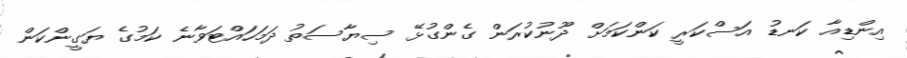
އިންޑިއާ ކަނޑު އަސްކަރީ ކަންކަމަށް ދޫނުކުރަން ގެންގުޅޭ ސިޔާސަތު ދަމަހައްޓަވާނެ ކަމުގެ ޔަގީންކަން